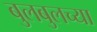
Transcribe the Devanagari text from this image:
बुलबुलच्या